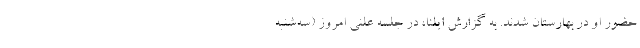
حضور او در بهارستان شدند. به گزارش ایلنا، در جلسه علنی امروز (سه‌شنبه